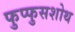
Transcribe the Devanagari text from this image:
फुप्फुसशोथ